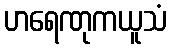
ဟရေဏုကယူသံ